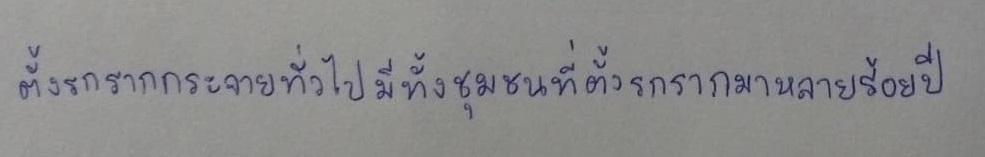
ตั้งรกรากกระจายทั่วไปมีทั้งชุมชนที่ตั้งรกรากมาหลายร้อยปี